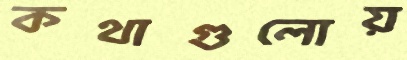
কথাগুলোয়